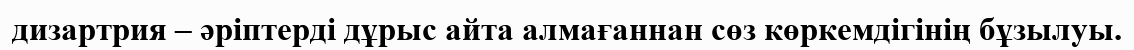
дизартрия – әріптерді дұрыс айта алмағаннан сөз көркемдігінің бұзылуы.